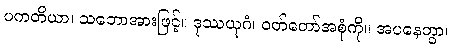
ပကတိယာ၊ သဘောအားဖြင့်။ ဒုဿယုဂံ၊ ဝတ်တော်အစုံကို။ အပနေတွာ၊